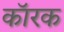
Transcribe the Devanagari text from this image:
कॉरक